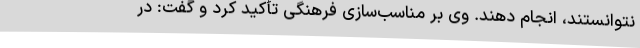
نتوانستند، انجام دهند. وی بر مناسب‌سازی فرهنگی تأکید کرد و گفت: در